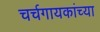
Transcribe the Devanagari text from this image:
चर्चगायकांच्या